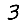
Digit: 3